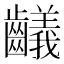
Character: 𪙴